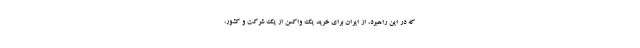
که در این راهبرد، از ایران برای خرید یک واکسن از یک شرکت و کشور،